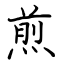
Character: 煎